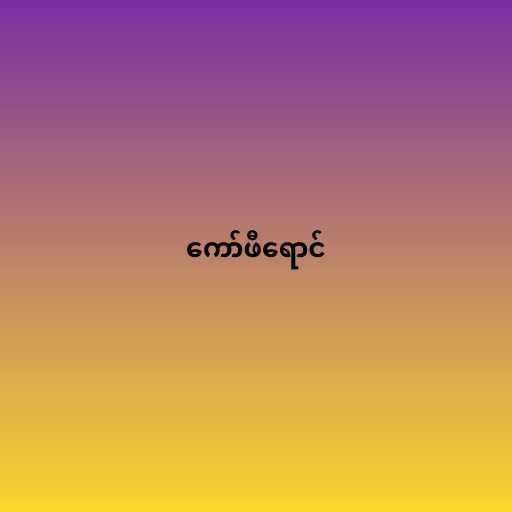
ကော်ဖီရောင်